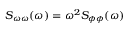
S _ { \omega \omega } ( \omega ) = \omega ^ { 2 } S _ { \phi \phi } ( \omega )